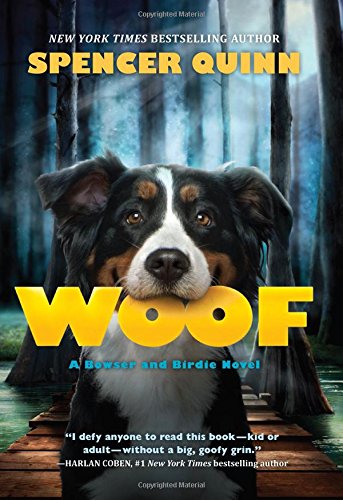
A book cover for Woof (Bowser and Birdie); Spencer Quinn; Children's Books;